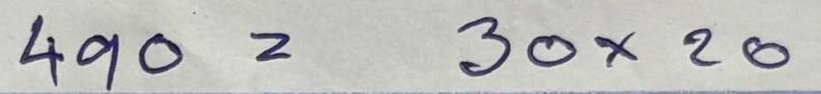
490 = 30x20